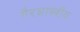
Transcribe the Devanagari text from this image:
गैरशास्त्रीय